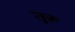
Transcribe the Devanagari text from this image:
तुरू